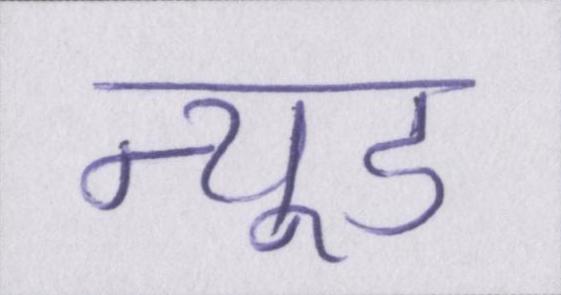
न्यूड